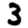
Digit: 3